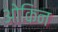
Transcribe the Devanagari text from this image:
ओकिन